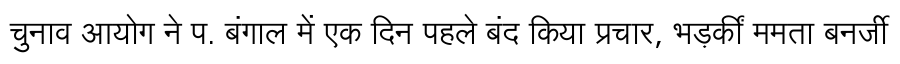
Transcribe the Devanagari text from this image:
चुनाव आयोग ने प. बंगाल में एक दिन पहले बंद किया प्रचार, भड़कीं ममता बनर्जी